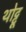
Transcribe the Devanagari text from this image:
थोट्टू